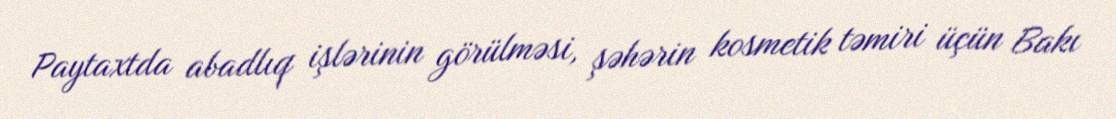
Paytaxtda abadlıq işlərinin görülməsi, şəhərin kosmetik təmiri üçün Bakı